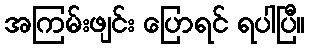
အကြမ်းဖျင်း ပြောရင် ရပါပြီ။